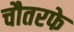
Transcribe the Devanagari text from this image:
चौतरफे